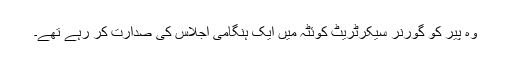
وہ پیر کو گورنر سیکرٹریٹ کوئٹہ میں ایک ہنگامی اجلاس کی صدارت کر رہے تھے۔